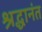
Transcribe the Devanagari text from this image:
श्रद्धानंत